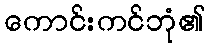
ကောင်းကင်ဘုံ၏